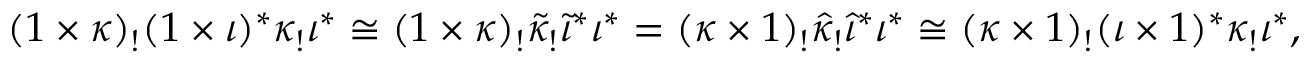
\begin{array} { r } { ( 1 \times \kappa ) _ { ! } ( 1 \times \iota ) ^ { * } \kappa _ { ! } \iota ^ { * } \cong ( 1 \times \kappa ) _ { ! } \tilde { \kappa } _ { ! } \tilde { \iota } ^ { * } \iota ^ { * } = ( \kappa \times 1 ) _ { ! } \hat { \kappa } _ { ! } \hat { \iota } ^ { * } \iota ^ { * } \cong ( \kappa \times 1 ) _ { ! } ( \iota \times 1 ) ^ { * } \kappa _ { ! } \iota ^ { * } , } \end{array}